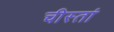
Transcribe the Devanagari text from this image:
चीस्तां